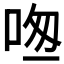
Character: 𠱱